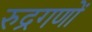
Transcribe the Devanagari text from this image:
रुद्रगणों